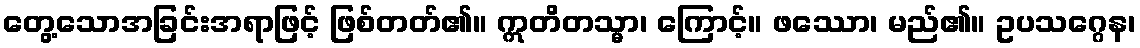
တွေ့သောအခြင်းအရာဖြင့် ဖြစ်တတ်၏။ ဣတိတသ္မာ၊ ကြောင့်။ ဖဿော၊ မည်၏။ ဥပသဂ္ဂေန၊